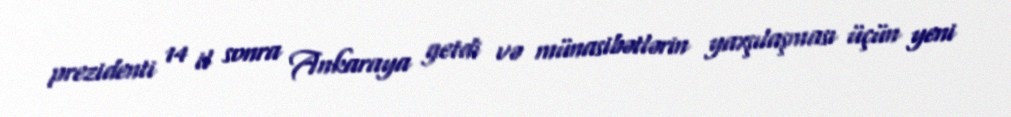
prezidenti 14 il sonra Ankaraya getdi və münasibətlərin yaxşılaşması üçün yeni